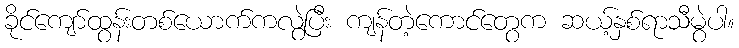
ခိုင်ကျော်ထွန်းတစ်ယောက်ကလွဲပြီး ကျန်တဲ့ကောင်တွေက ဆယ့်နှစ်ရာသီမွဲပါ။